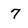
Character: 7